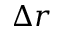
\Delta r